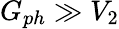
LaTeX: G_{ph}\gg V_{2}